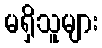
မရှိသူများ